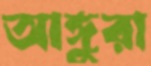
আঙ্গুরা